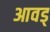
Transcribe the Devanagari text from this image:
आवड्